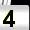
Digit: 4